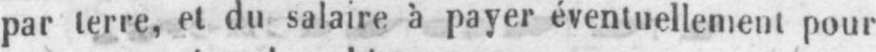
par terre, et du salaire à payer éventuellement pour